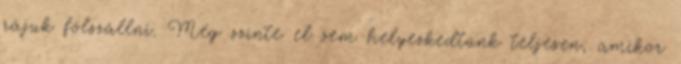
rájuk fölszállni. Még szinte el sem helyezkedtünk teljesen, amikor